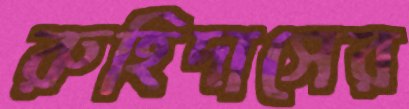
রুহিদাসের